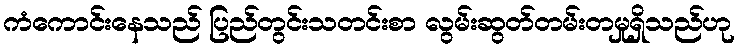
ကံကောင်းနေသည် ပြည်တွင်းသတင်းစာ လွမ်းဆွတ်တမ်းတမှုရှိသည်ဟု